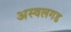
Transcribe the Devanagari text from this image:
अस्वलगड